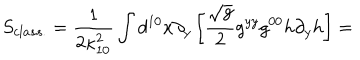
S _ { c l a s s . } = \frac { 1 } { 2 \kappa _ { 1 0 } ^ { 2 } } \int d ^ { 1 0 } x \partial _ { y } \left[ \frac { \sqrt { g } } { 2 } g ^ { y y } g ^ { 0 0 } h \partial _ { y } h \right] =